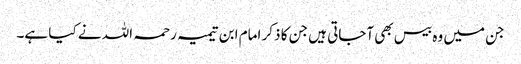
جن میں وہ بیس بھی آجاتی ہیں جن کا ذکر امام ابن تیمیہ رحمہ اللہ نے کیا ہے۔